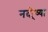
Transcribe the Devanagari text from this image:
नदी्च्या